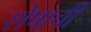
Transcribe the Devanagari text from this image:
शेषाची